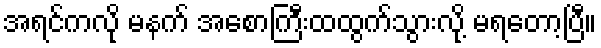
အရင်ကလို မနက် အစောကြီးထထွက်သွားလို့ မရတော့ပြီ။